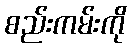
စည်းကမ်းကို